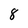
Character: 8